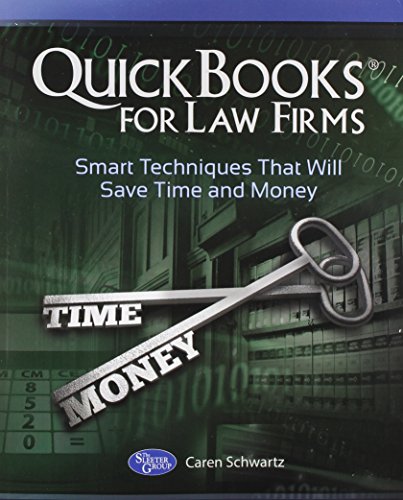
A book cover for QuickBooks for Law Firms: Smart Techniques That Will Save Time and Money; Caren Schwartz; Computers & Technology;